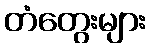
တံတွေးများ